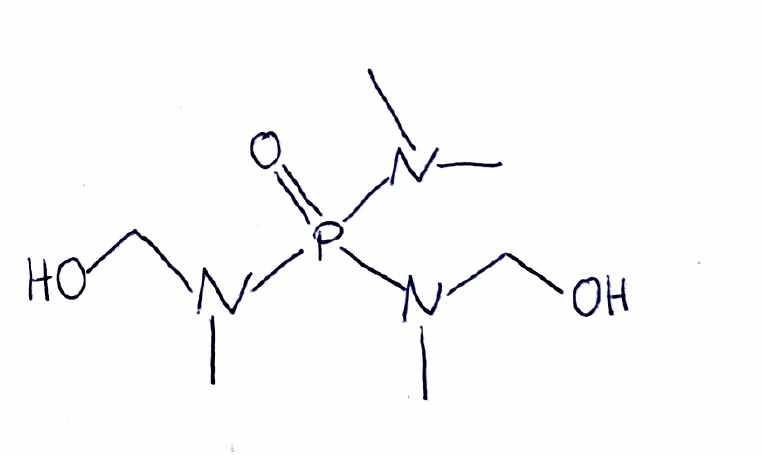
Simplified molecular-input line-entry system (SMILES) notation of the given molecule:
CN(C)P(=O)(N(C)CO)N(C)CO